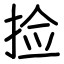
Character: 捡